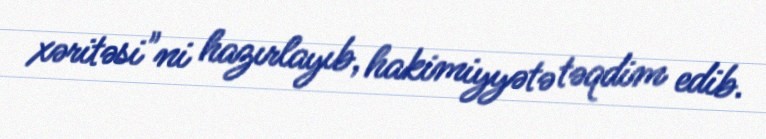
xəritəsi"ni hazırlayıb, hakimiyyətə təqdim edib.